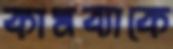
কামব্যাকে